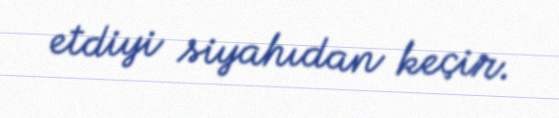
etdiyi siyahıdan keçir.